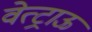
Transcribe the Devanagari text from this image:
वेत्ट्राऊ